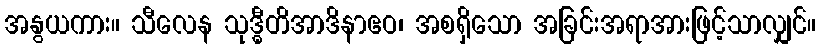
အနွယကား။ သီလေန သုဒ္ဓီတိအာဒိနာဧဝ၊ အစရှိသော အခြင်းအရာအားဖြင့်သာလျှင်။